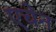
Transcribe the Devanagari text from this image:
एचेन